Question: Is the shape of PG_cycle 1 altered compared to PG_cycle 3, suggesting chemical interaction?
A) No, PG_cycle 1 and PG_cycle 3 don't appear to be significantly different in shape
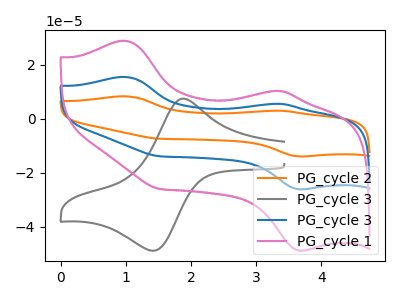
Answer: <think>The orange curve "PG_cycle 2" has anodic peaks at (1.00V, 30.85uA) (3.35V, 11.00uA) and cathodic peaks at (3.65V, -52.20uA) (1.50V, -27.80uA). The gray curve "PG_cycle 3" has an anodic peak at (1.85V, 7.35uA) and a cathodic peak at (1.45V, -48.90uA). The blue curve "PG_cycle 3" has anodic peaks at (1.00V, 15.40uA) (3.35V, 5.50uA) and cathodic peaks at (3.65V, -26.10uA) (1.50V, -13.90uA). The pink curve "PG_cycle 1" has anodic peaks at (1.00V, 28.80uA) (3.35V, 10.25uA) and cathodic peaks at (3.65V, -48.75uA) (1.50V, -25.95uA).
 All the peaks in "PG_cycle 1" have a peak in "PG_cycle 3" at the same potential. Every peak in "PG_cycle 1" is higher than every peak in "PG_cycle 3".</think>
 <answer>A) No, "PG_cycle 1" and "PG_cycle 3" don't appear to be significantly different in shape</answer>
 <eval>A</eval>